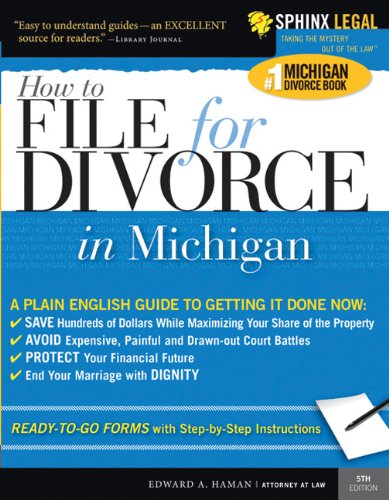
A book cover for How to File for Divorce in Michigan (Legal Survival Guides); Edward Haman; Law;